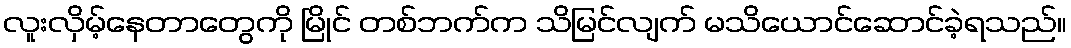
လူးလှိမ့်နေတာတွေကို မြိုင် တစ်ဘက်က သိမြင်လျက် မသိယောင်ဆောင်ခဲ့ရသည်။